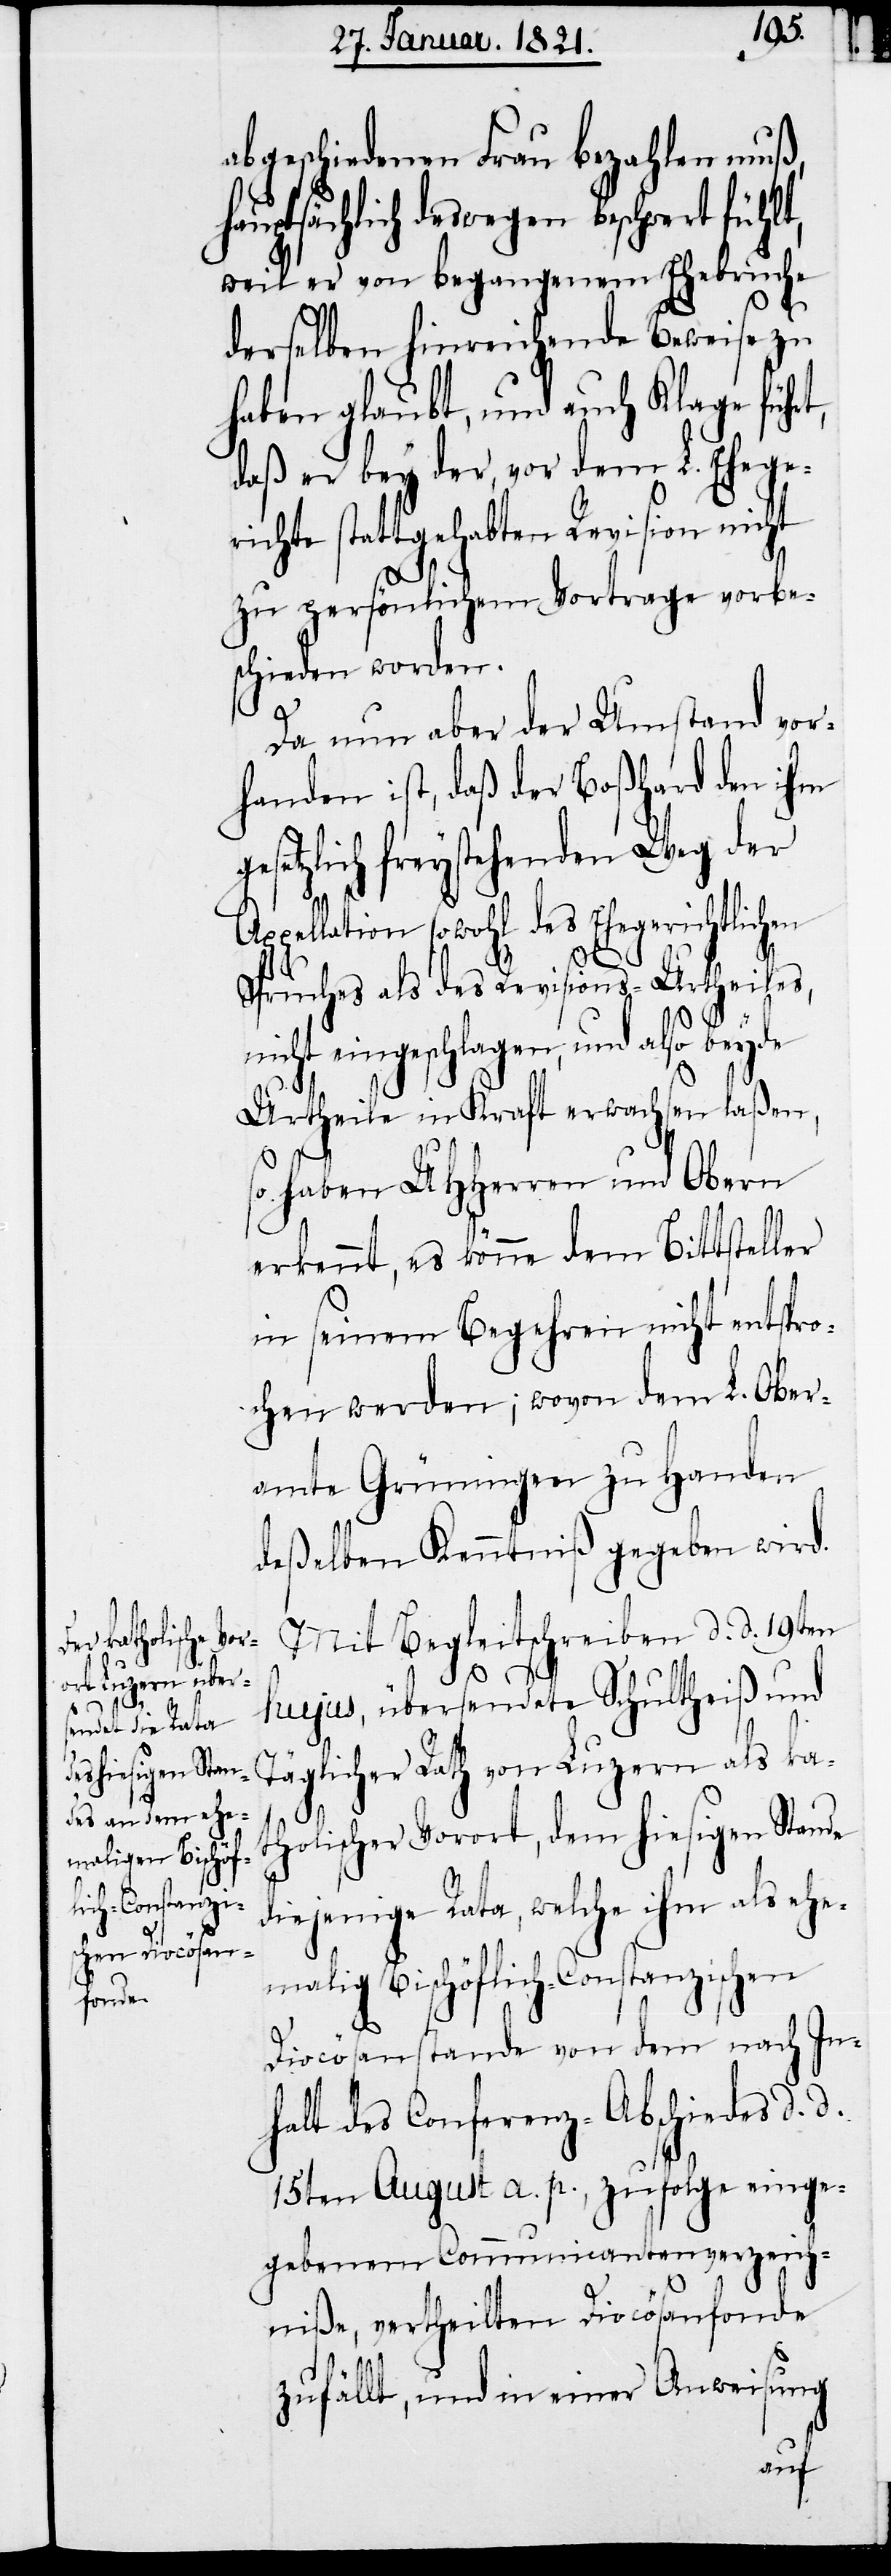
abgeschiedenen Frau bezahlen muß,
sächlich deswegen beschwert fühlt,
weil er von begangenem Ehebruche
derselben hinreichende Beweise zu
haben glaubt, und auch Klage führt,
daß er bey der, vor dem L. Ehege¬
richte stattgehabten Revision nicht
zu persönlichem Vortrage vorbe¬
schieden worden.
Da nun aber der Umstand vor¬
handen ist, daß der Boßhard den ihm
gesetzlich freystehenden Weg der
Täglicher Rath von Luzern als
Spruches als des Revisions-Urtheiles,
nicht eingeschlagen, und also beyde
Urtheile in Kraft erwachsen laßen,
so haben UHHerren und Obern
erkennt, es könne dem Bittsteller
in seinem Begehren nicht entspro¬
chen werden; wovon dem L. Ober¬
amte Grüningen zu Handen
deßelben Kenntniß gegeben wird.
Mit Begleitscheiben d. d. 19ten
ka¬
hujus, übersendete Schultheiß und
tholischer Vorort, dem hiesigen Stande
diejenige Rata, welche ihm als ehe¬
malig Bischöflich-Constanzischen
haupt¬
Diocösanstande von dem nach In¬
halt des Conferenz-Abschiedes d. d.
15ten August a. p., zufolge einge¬
gebenem Communicantenverzeich¬
niße, ertheilten Diocösanfonde
zufällt, und in einer Anweisung